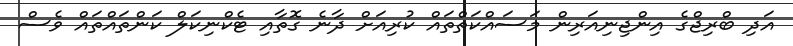
އަދި ބްރިޖްގެ އިންޖިނިއަރިން މަސައްކަތްތައް ކުރިއަށް ދާނެ ގޮތާއި ޓެކްނިކަލް ކަންތައްތައް ވެސް